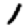
Digit: 1